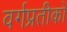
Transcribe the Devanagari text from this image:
वर्गप्रतीकों